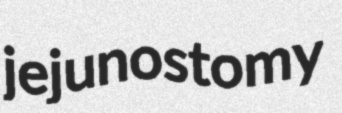
jejunostomy